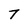
Character: 7